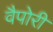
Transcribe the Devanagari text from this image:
वैपोरी